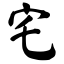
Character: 宅